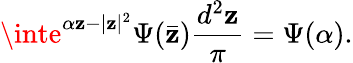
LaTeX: \inte^{\alpha\mathbf{z}-|\mathbf{z}|^{2}}\Psi(\bar{{\mathbf{z}}}){\frac{{d^{2}\mathbf{z}}}{{\pi}}}=\Psi(\alpha).